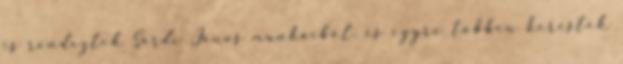
is rendeztek Sárdi János munkáiból, és egyre többen keresték